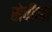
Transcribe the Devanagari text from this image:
सेवीआं